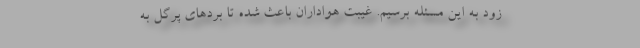
زود به این مسئله برسیم. غیبت هواداران باعث شده تا بردهای پرگل به